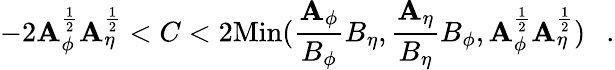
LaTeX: -2\mathbf{A}_{\phi}^{\frac{{1}}{{2}}}\mathbf{A}_{\eta}^{\frac{{1}}{{2}}}<C<2\mathrm{{Min}}({\frac{{\mathbf{A}_{\phi}}}{{B_{\phi}}}}B_{\eta},{\frac{{\mathbf{A}_{\eta}}}{{B_{\eta}}}}B_{\phi},\mathbf{A}_{\phi}^{\frac{{1}}{{2}}}\mathbf{A}_{\eta}^{\frac{{1}}{{2}}})~~~.